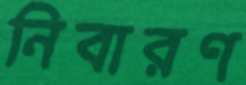
নিবারণ